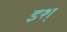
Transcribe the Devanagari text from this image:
इश्